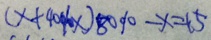
( x + 4 0 \% x ) 8 0 \% - x = 1 5